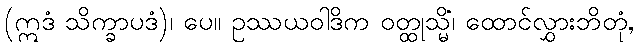
(ဣဒံ သိက္ခာပဒံ)၊ ပေ။ ဥဿယဝါဒိက ဝတ္ထုသ္မိံ၊ ထောင်လွှားဘိတုံ,